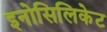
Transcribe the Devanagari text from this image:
इनोसिलिकेट